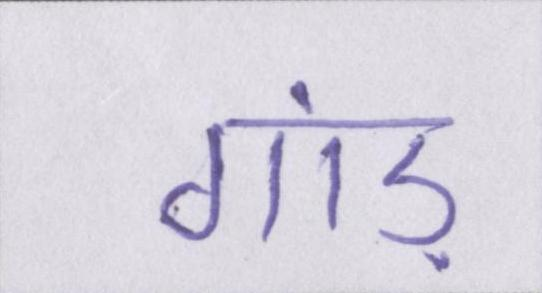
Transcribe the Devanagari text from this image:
गांड़